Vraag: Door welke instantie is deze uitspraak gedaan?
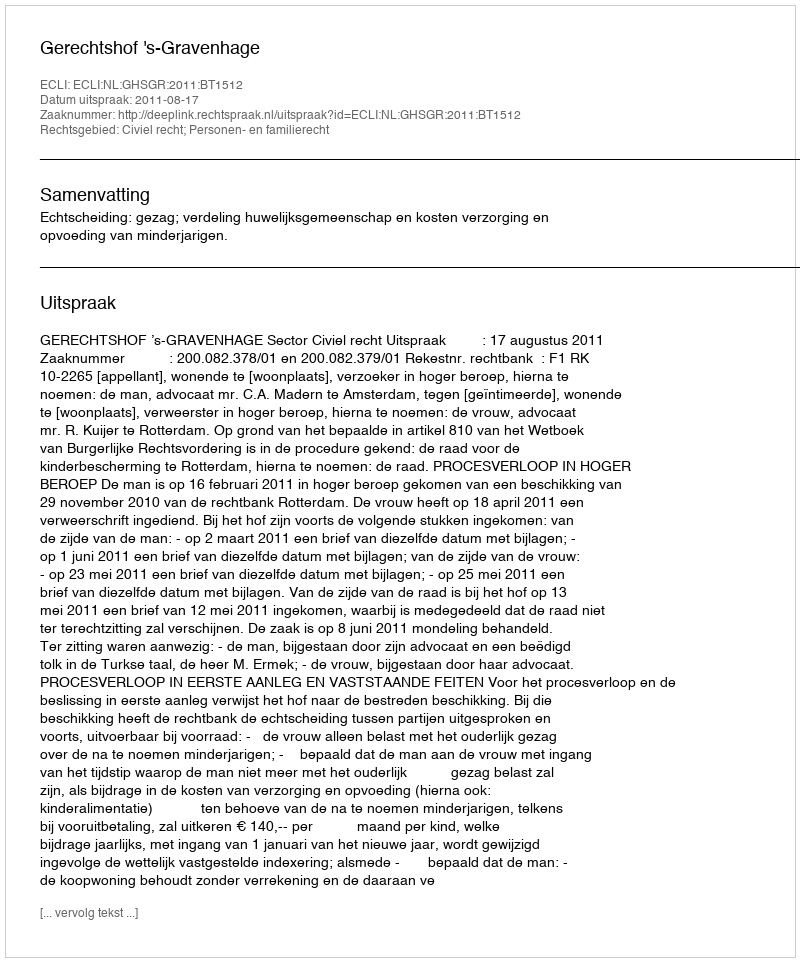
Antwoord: Gerechtshof 's-Gravenhage